NAE_EAA_P-1050_Enda_Kallas, lk 7
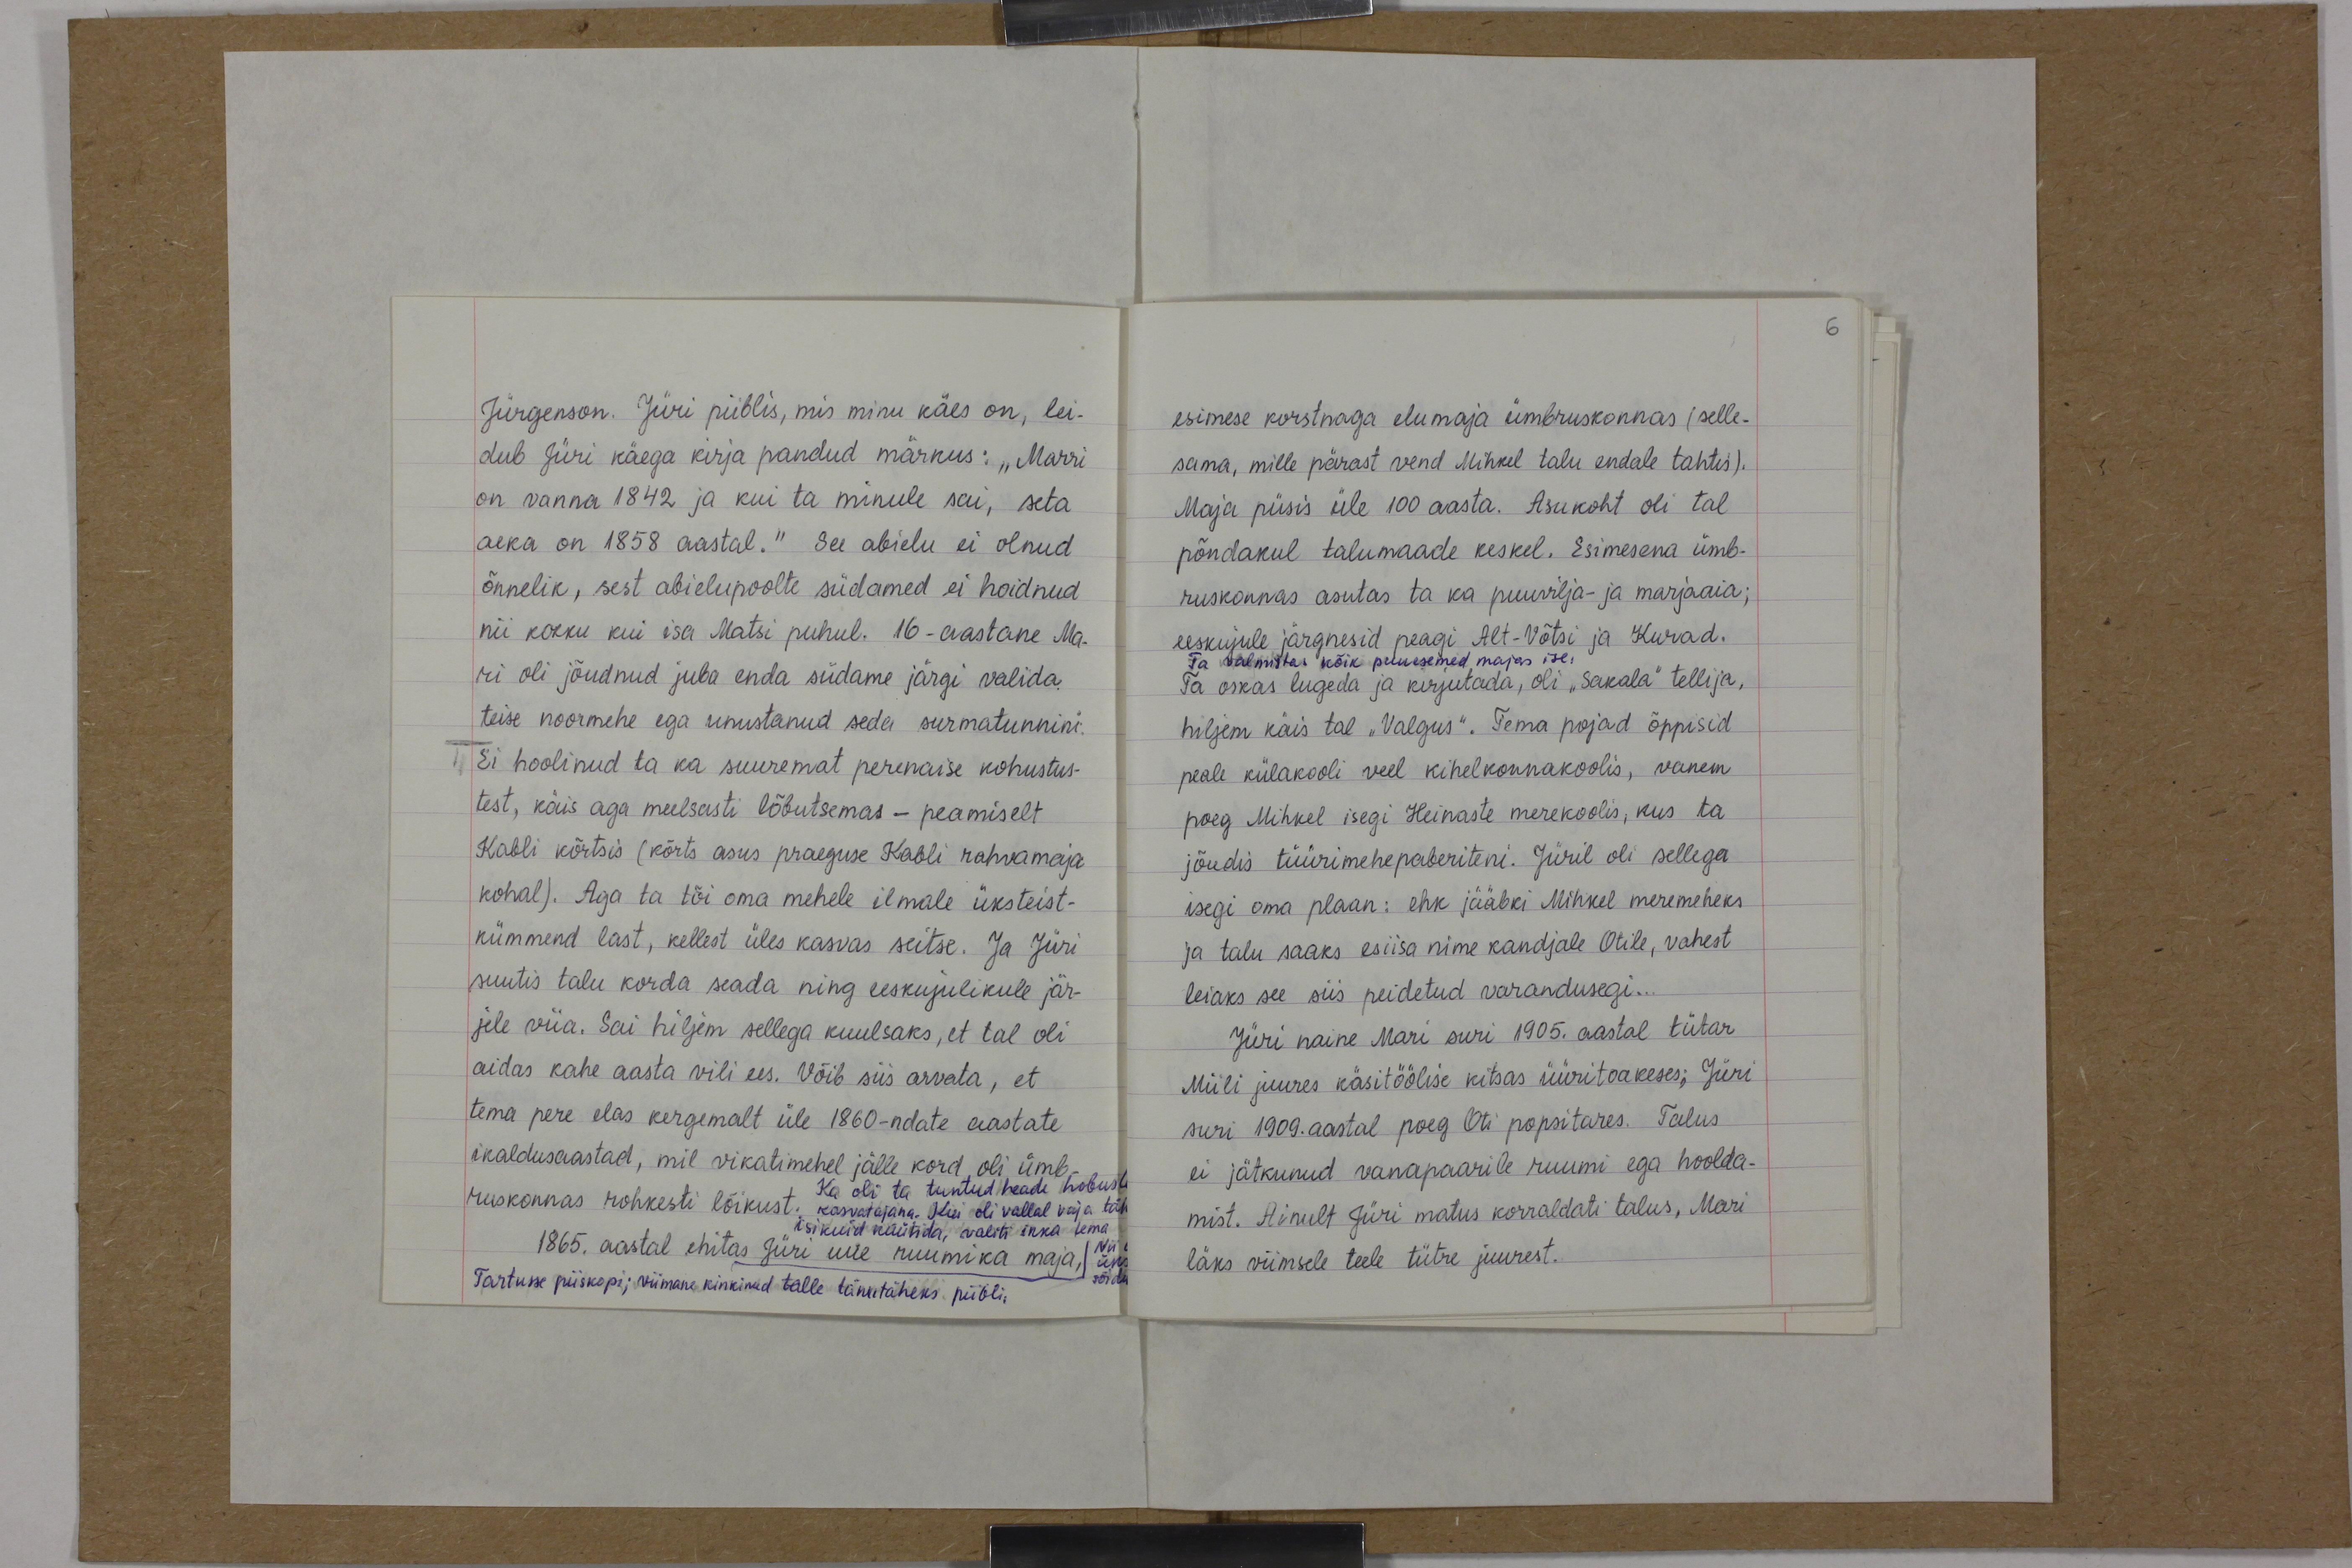
Jürgenson. Jüri piiblis, mis minu käes on, lei-
dub Jüri käega kirja pandud märkus : "Marri
on vanna 1842 ja kui ta minule sai, seta
aeka on 1858 aastal." See abielu ei olnud
õnnelik, sest abielupoolte südamed ei hoidnud
nii kokku kui isa Matsi puhul. 16 - aastane Ma-
ri oli jõudnud juba enda südame järgi valida
teise noormehe ega unustanud seda surmatunnini.
Ei hoolinud ta ka suuremat perenaise kohustus-
test, käis aga meelsasti lõbutsemas - peamiselt
Kabli kõrtsis (kõrts asus praeguse Kabli rahvamaja
kohal). Aga ta tõi oma mehele ilmale üksteist-
kümmend last, kellest üles kasvas seitse. Ja Jüri
suutis talu korda seada ning eeskujulikule jär-
jele viia. Sai hiljem sellega kuulsaks, et tal oli
aidas kahe aasta vili ees. Võib siis arvata, et
tema pere elas kergemalt üle 1860-ndate aastate
ikaldusaastad, mil vikatimehel jälle kord, oli ümb-
ruskonnas rohkesti lõikust.
Ka oli ta tuntud heade hobuste
kasvatajana. Kui oli vallal vaja täh
isikuid küütida, valiti ikka tema
1865. aastal ehitas Jüri uue ruumika maja
Tartusse piiskopi; viimane kinkinud talle tänutäheks piibli,

6

esimese korstnaga elumaja ümbruskonnas (selle-
sama, mille pärast vend Mihkel talu endale tahtis).
Maja püsis üle 100 aasta. Asukoht oli tal
põndakul talumaade keskel. Esimesena ümb-
ruskonnas asutas ta ka puurilja- ja marjaaia;
eeskujule järgnesid peagi Alt-Võtsi ja Kurad.
Ta valmistas kõik puuesemed majas ise.
Ta oskas lugeda ja kirjutada, oli "Sakala" tellija,
hiljem käis tal "Valgus". Tema pojad õppisid
peale külakooli veel kihelkonnakoolis, vanem
poeg Mihkel isegi Heinaste merekoolis, kus ta
jõudis tüürimehepaberiteni. Jüril oli sellega
isegi oma plaan: ehk jääbki Mihkel meremeheks
ja talu saaks esiisa nime kandjale Otile, vahest
leiaks see siis peidetud varandusegi.
Jüri naine Mari suri 1905. aastal tütar
Miili juures käsitöölise kitsas üüritoakeses; Jüri
suri 1909. aastal poeg Oti popsitares. Talus
ei jätkunud vanapaarile ruumi ega hoolda-
mist. Ainult Jüri matus korraldati talus, Mari
läks viimsele teele tütre juurest.